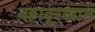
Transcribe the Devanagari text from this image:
बहादूरखान